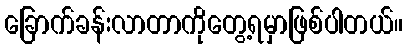
ခြောက်ခန်းလာတာကိုတွေ့ရမှာဖြစ်ပါတယ်။